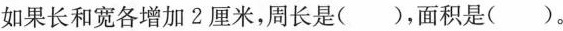
如果长和宽各增加2厘米，周长是( )，面积是( )。